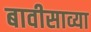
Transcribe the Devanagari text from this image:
बावीसाव्या